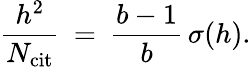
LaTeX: \frac{h^{2}}{N_{\mathrm{cit}}}\: =\: \frac{b-1}{b}\, \sigma(h).